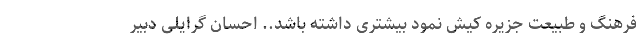
فرهنگ و طبیعت جزیره کیش نمود بیشتری داشته باشد.. احسان گرایلی دبیر